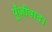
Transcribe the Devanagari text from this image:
पूँजीवाद।